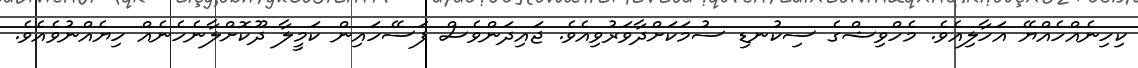
ކިހިނެއްހެއްޔޭ އަހާލިއެވެ. މެހްވިޝްގެ ސިކުނޑި ސުމަކަށްދާވަރުވިއެވެ. ޖައިދަންވެސް ފަސޭހައިން ކަމީލާ ދޫކޮށްލާނެހެނެއް ހިޔެއްނުވެއެވެ.